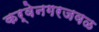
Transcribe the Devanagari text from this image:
कर्वेनगरजवळ